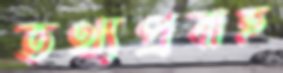
তথ্যপ্রবাহ